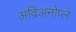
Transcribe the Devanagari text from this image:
अद्रिअनोप्ले